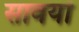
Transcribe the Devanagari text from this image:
सावयों